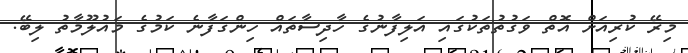
މިރޭ ކުރިއަށް އޮތް ވަގުތުތަކުގައި އަލިފާނުގެ ހާދިސާތައް ހިންގަފާނެ ކަމުގެ މައުލޫމާތު ލިބޭ.